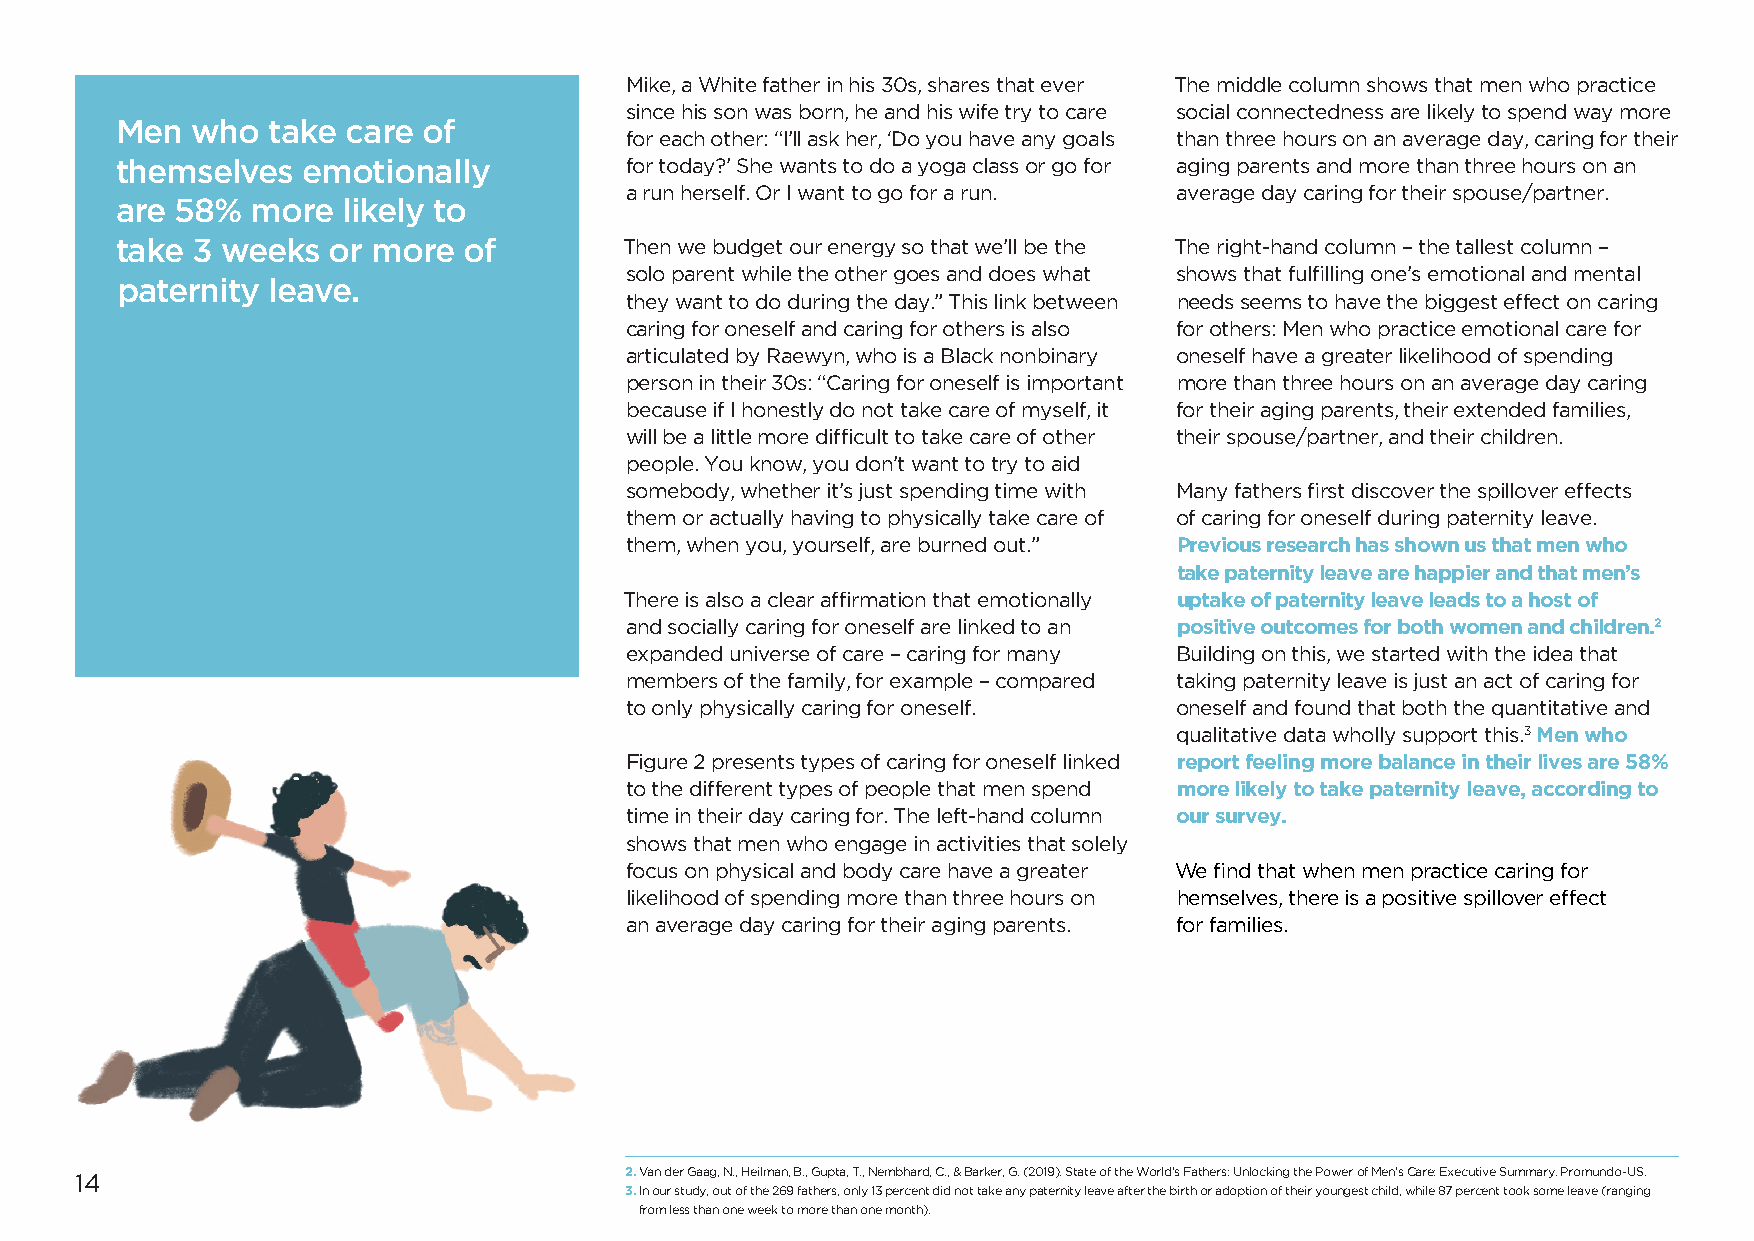
Mike, a White father in his 30s, shares that ever The middle column shows that men who practice
 since his son was born, he and his wife try to care social connectedness are likely to spend way more
 Men  who  take care of
 for each other: “I’ll ask her, ‘Do you have any goals than three hours on an average day, caring for their
 themselves  emotionally          for today?’ She wants to do a yoga class or go for aging parents and more than three hours on an
 a run herself. Or I want to go for a run. average day caring for their spouse/partner.
 are 58%  more  likely to
 take 3 weeks  or more  of        Then we budget our energy so that we’ll be the The right-hand column – the tallest column –
 solo parent while the other goes and does what shows that fulfilling one’s emotional and mental
 paternity leave.
 they want to do during the day.” This link between needs seems to have the biggest effect on caring
 caring for oneself and caring for others is also for others: Men who practice emotional care for
 articulated by Raewyn, who is a Black nonbinary oneself have a greater likelihood of spending
 person in their 30s: “Caring for oneself is important more than three hours on an average day caring
 because if I honestly do not take care of myself, it for their aging parents, their extended families,
 will be a little more difficult to take care of other their spouse/partner, and their children.
 people. You know, you don’t want to try to aid
 somebody, whether it’s just spending time with Many fathers first discover the spillover effects
 them or actually having to physically take care of of caring for oneself during paternity leave.
 them, when you, yourself, are burned out.” Previous research has shown us that men who
 take paternity leave are happier and that men’s
 There is also a clear affirmation that emotionally uptake of paternity leave leads to a host of
 and socially caring for oneself are linked to an positive outcomes for both women and children.2
 expanded universe of care – caring for many Building on this, we started with the idea that
 members of the family, for example – compared taking paternity leave is just an act of caring for
 to only physically caring for oneself. oneself and found that both the quantitative and
 qualitative data wholly support this.3 Men who
 Figure 2 presents types of caring for oneself linked report feeling more balance in their lives are 58%
 to the different types of people that men spend more likely to take paternity leave, according to
 time in their day caring for. The left-hand column our survey.
 shows that men who engage in activities that solely
 focus on physical and body care have a greater We find that when men practice caring for
 likelihood of spending more than three hours on hemselves, there is a positive spillover effect
 an average day caring for their aging parents. for families.
 14                                  2. Van der Gaag, N., Heilman, B., Gupta, T., Nembhard, C., & Barker, G. (2019). State of the World’s Fathers: Unlocking the Power of Men’s Care: Executive Summary. Promundo-US.
 3. In our study, out of the 269 fathers, only 13 percent did not take any paternity leave after the birth or adoption of their youngest child, while 87 percent took some leave (ranging
 3. from less than one week to more than one month).